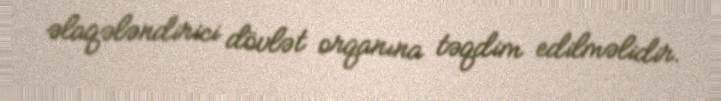
əlaqələndirici dövlət orqanına təqdim edilməlidir.